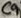
Text: C9